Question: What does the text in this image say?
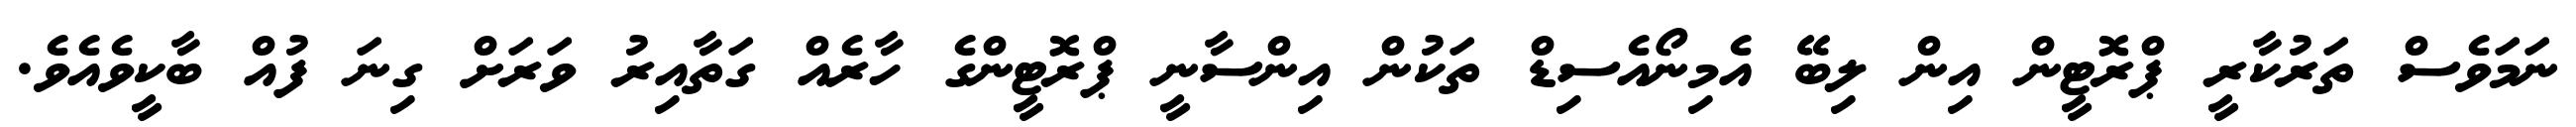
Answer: ނަމަވެސް ތަރުކާރީ ޕްރޮޓީން އިން ލިބޭ އެމިނޯއެސިޑް ތަކުން އިންސާނީ ޕްރޮޓީންގެ ހާރެއް ގަތާއިރު ވަރަށް ގިނަ ފުއް ބާކީވެއެވެ.